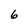
Character: 6